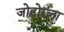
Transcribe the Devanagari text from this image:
जोहोरला